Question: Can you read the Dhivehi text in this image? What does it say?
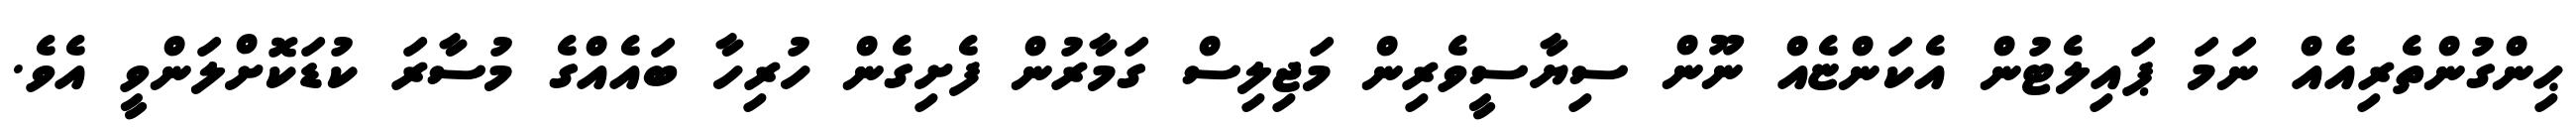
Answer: ޙިންގުންތެރިއެއް ނަމަ ޕައިލެޓުން އެކަންޏެއް ނޫން ސިޔާސީވެރިން މަޖިލިސް ގަމާރުން ފެށިގެން ހުރިހާ ބައެއްގެ މުސާރަ ކުޑަކޮށްލަންވީ އެވެ.